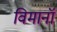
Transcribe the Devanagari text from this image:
विमानॉ